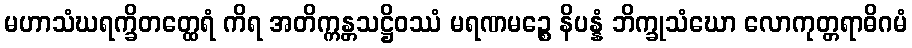
မဟာသံဃရက္ခိတတ္ထေရံ ကိရ အတိက္ကန္တသဋ္ဌိဝဿံ မရဏမဉ္စေ နိပန္နံ ဘိက္ခုသံဃော လောကုတ္တရာဓိဂမံ